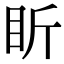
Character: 盺